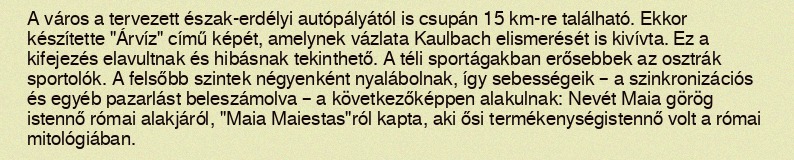
A város a tervezett észak-erdélyi autópályától is csupán 15 km-re található. Ekkor készítette "Árvíz" című képét, amelynek vázlata Kaulbach elismerését is kivívta. Ez a kifejezés elavultnak és hibásnak tekinthető. A téli sportágakban erősebbek az osztrák sportolók. A felsőbb szintek négyenként nyalábolnak, így sebességeik – a szinkronizációs és egyéb pazarlást beleszámolva – a következőképpen alakulnak: Nevét Maia görög istennő római alakjáról, "Maia Maiestas"ról kapta, aki ősi termékenységistennő volt a római mitológiában.